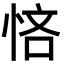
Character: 悋